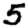
Digit: 5